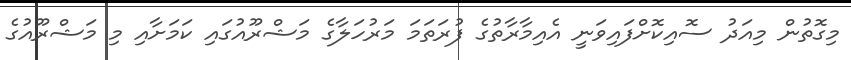
މިގޮތުން މިއަދު ސޮއިކޮށްފައިވަނީ އެއިމާރާތުގެ ފުރަތަމަ މަރުހަލާގެ މަޝްރޫއުގައި ކަމަށާއި މި މަޝްރޫއުގެ